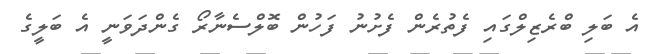
އެ ބަލި ބްރެޒިލްގައި ފެތުރެން ފެށުނު ފަހުން ބޮލްސެނާރޯ ގެންދަވަނީ އެ ބަލީގެ